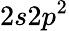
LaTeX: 2s2p^{2}